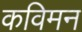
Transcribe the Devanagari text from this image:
कविमन